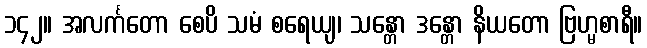
၁၄၂။ အလင်္ကတော စေပိ သမံ စရေယျ၊ သန္တော ဒန္တော နိယတော ဗြဟ္မစာရီ။